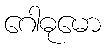
ဂေါဓုမော